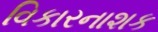
વિકારનાશક